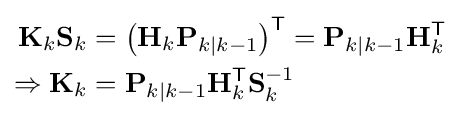
{\begin{aligned}\mathbf {K} _{k}\mathbf {S} _{k}&=\left(\mathbf {H} _{k}\mathbf {P} _{k\mid k-1}\right)^{\textsf {T}}=\mathbf {P} _{k\mid k-1}\mathbf {H} _{k}^{\textsf {T}}\\\Rightarrow \mathbf {K} _{k}&=\mathbf {P} _{k\mid k-1}\mathbf {H} _{k}^{\textsf {T}}\mathbf {S} _{k}^{-1}\end{aligned}}